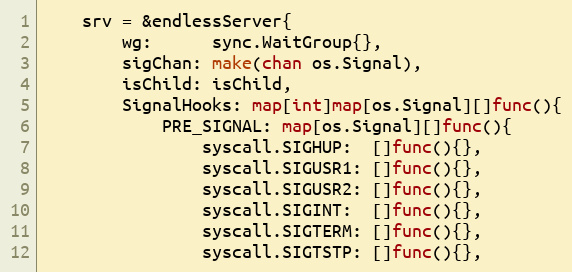
Language: Go
	srv = &endlessServer{
		wg:      sync.WaitGroup{},
		sigChan: make(chan os.Signal),
		isChild: isChild,
		SignalHooks: map[int]map[os.Signal][]func(){
			PRE_SIGNAL: map[os.Signal][]func(){
				syscall.SIGHUP:  []func(){},
				syscall.SIGUSR1: []func(){},
				syscall.SIGUSR2: []func(){},
				syscall.SIGINT:  []func(){},
				syscall.SIGTERM: []func(){},
				syscall.SIGTSTP: []func(){},